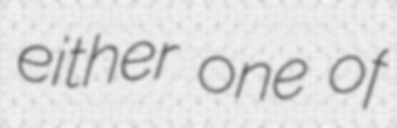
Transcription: either one of